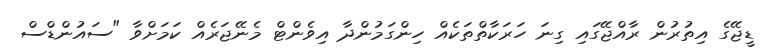
ޑީޖޭގެ އިތުރުން ރާއްޖޭގައި ގިނަ ހަރަކާތްތަކެއް ހިންގަމުންދާ އިވެންޓް މެނޭޖަރެއް ކަމަށްވާ "ސައުންޑްސް